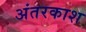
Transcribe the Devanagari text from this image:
अंतरकाश